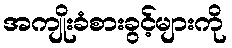
အကျိုးခံစားခွင့်များကို